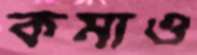
কমাও